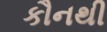
કૌનથી